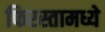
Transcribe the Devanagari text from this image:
फिरस्तामध्ये